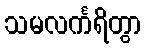
သမလင်္ကရိတွာ